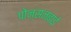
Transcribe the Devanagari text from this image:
पोन्सनबाई